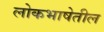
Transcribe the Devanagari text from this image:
लोकभाषेतील